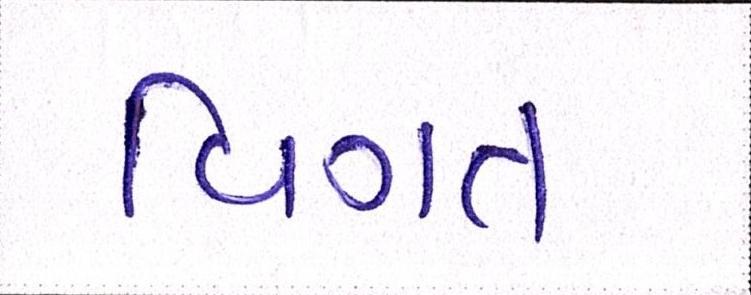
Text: વિગત